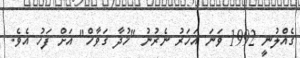
ގެއްލުނީ 1992 ވަނަ އަހަރު ނެރުނު "ޚުދާ ގަވާހް" އަށް ފަހު އެވެ.